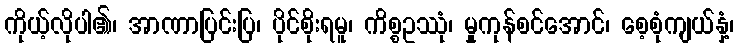
ကိုယ့်လိုပါ၏၊ အာဏာပြင်းပြ၊ ပိုင်စိုးရမူ၊ ကိစ္စဥဿုံ၊ မှုကုန်စင်အောင်၊ စေ့စုံကျယ်နှံ့၊